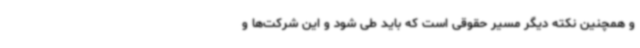
و همچنین نکته دیگر مسیر حقوقی است که باید طی شود و این شرکت‌ها و